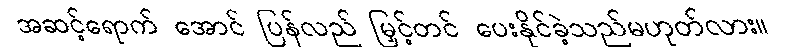
အဆင့်ရောက် အောင် ပြန်လည် မြှင့်တင် ပေးနိုင်ခဲ့သည်မဟုတ်လား။